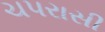
ચપરાસી